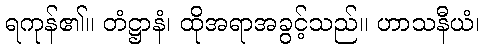
ရကုန်၏။ တံဋ္ဌာနံ၊ ထိုအရာအခွင့်သည်။ ဟာသနီယံ၊